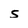
Character: s